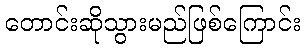
တောင်းဆိုသွားမည်ဖြစ်ကြောင်း